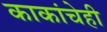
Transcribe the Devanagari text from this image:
काकांचेही